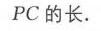
$PC$的长.